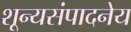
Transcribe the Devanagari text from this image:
शून्यसंपादनेय